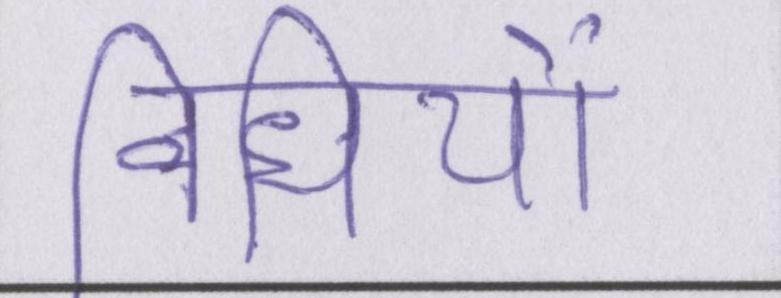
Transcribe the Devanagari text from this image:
विधियों